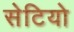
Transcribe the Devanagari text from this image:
सेटियो